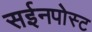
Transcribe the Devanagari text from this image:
सईनपोस्ट